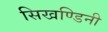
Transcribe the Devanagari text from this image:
सिखण्डिनी